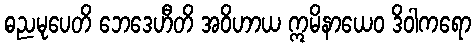
ဓညမုပေတိ ဘေဒေဟီတိ အဝိဟာယ ဣမိနာယေဝ ဒိဝါကရော